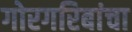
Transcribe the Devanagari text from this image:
गोरगरिबांचा